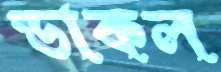
ডাকল